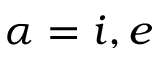
\alpha = i , e